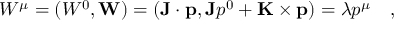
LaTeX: W ^ { \mu } = ( W ^ { 0 } , { \bf W } ) = ( { \bf J } \cdot { \bf p } , { \bf J } p ^ { 0 } + { \bf K } \times { \bf p } ) = \lambda p ^ { \mu } ~ ~ ~ ,